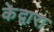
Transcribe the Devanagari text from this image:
केद्वारा